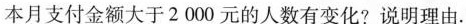
本月支付金额大于2000元的人数有变化?说明理由。